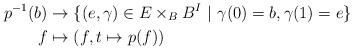
LaTeX: \begin{align*} p^{-1}(b)&\rightarrow \{(e,\gamma)\in E\times_BB^I\ |\ \gamma(0)=b,\gamma(1)=e\}\\ f&\mapsto (f,t\mapsto p(f)) \end{align*}